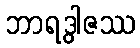
ဘာရဒွါဇဿ